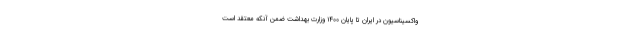
واکسیناسیون در ایران تا پایان ۱۴۰۰ وزارت بهداشت ضمن آنکه معتقد است